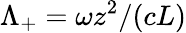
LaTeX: \Lambda_{+}=\omega z^{2}/(cL)